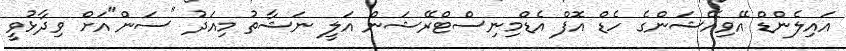
އައިލެންޑް އޭވިއޭޝަންގެ ހެޑް އޮފް އެޑްމިނިސްޓްރޭޝަން އަލީ ނަޝާތު މިއަދު "ސަން"އަށް ވިދާޅުވީ